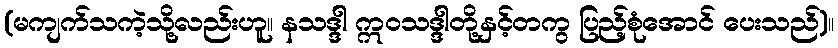
(မကျက်သကဲ့သို့လည်းဟူ။ နသဒ္ဒါ ဣဝသဒ္ဒါတို့နှင့်တကွ ပြည့်စုံအောင် ပေးသည်)။